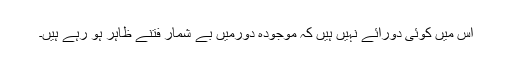
اس میں کوئی دورائے نہیں ہیں کہ موجودہ دورمیں بے شمار فتنے ظاہر ہو رہے ہیں۔